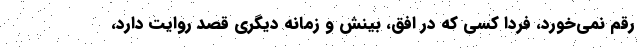
رقم نمی‌خورد، فردا کسی که در افق، بینش و زمانه دیگری قصد روایت دارد،